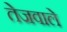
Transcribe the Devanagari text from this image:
तेजवाले